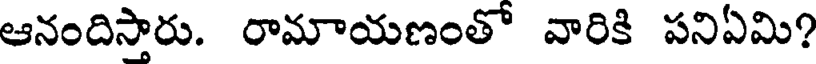
ఆనందిస్తారు. రామాయణంతో వారికి పనిఏమి?